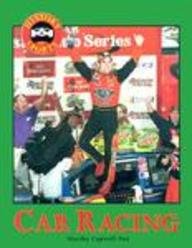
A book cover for History of Sports - Car Racing; Martha Capwell Fox; Teen & Young Adult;